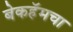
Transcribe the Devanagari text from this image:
बेकहॅमचा